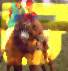
ভ